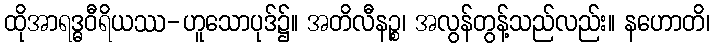
ထိုအာရဒ္ဓဝီရိယဿ-ဟူသောပုဒ်၌။ အတိလီနဉ္စ၊ အလွန်တွန့်သည်လည်း။ နဟောတိ၊